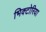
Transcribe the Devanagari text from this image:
भिक्टोरिया